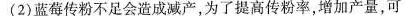
(2)蓝莓传粉不足会造成减产，为了提高传粉率，增加产量，可